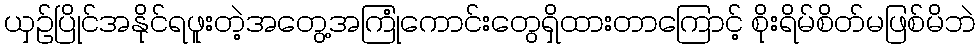
ယှဉ်ပြိုင်အနိုင်ရဖူးတဲ့အတွေ့အကြုံကောင်းတွေရှိထားတာကြောင့် စိုးရိမ်စိတ်မဖြစ်မိဘဲ